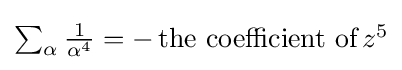
{\textstyle \sum _{\alpha }{\frac {1}{\alpha ^{4}}}=-\,{\text{the coefficient of}}\,z^{5}}